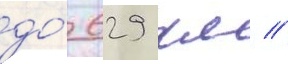
до́ 629 км //